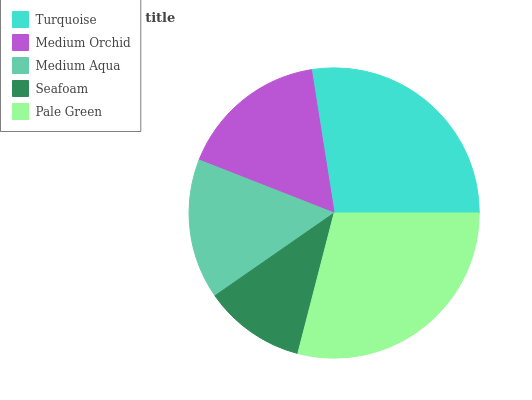
| Turquoise | Medium Orchid | Medium Aqua | Seafoam | Pale Green |
 | --- | --- | --- | --- | --- |
 | 27.5% | 16.6% | 15.6% | 11.3% | 29% |